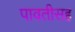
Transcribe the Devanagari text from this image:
पावतीसह